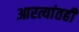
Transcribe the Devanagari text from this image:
आरत्यांतही